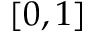
[ 0 , 1 ]